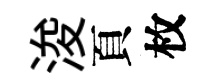
浚頁枚